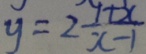
y = 2 \frac { 1 + x } { x - 1 }